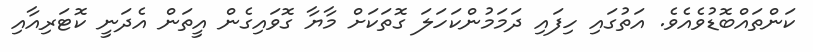
ކަންތައްބޮޑުވެއެވެ. އަތުގައި ހިފައި ދަމަމުންކަހަލަ ގޮތަކަށް މާޔާ ގޮވައިގެން އީތަން އެދަނީ ކޮޓަރިއާއި